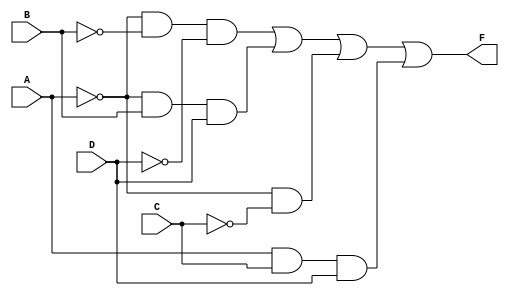
//F(A, B, C, D) =  (0, 1, 2, 4, 5, 7, 11, 15)

module fun(F,A,B,C,D);
output F;
input A,B,C,D;
wire T1,T2,T3,T4,T5,T6,T7,T8;
not (T1,A),(T2,B),(T3,C),(T4,D);
and(T5,T1,T2,T4),(T6,T1,B,D),(T7,T1,T3),(T8,A,C,D);
or(F,T5,T6,T7,T8);
endmodule

module disp;
reg a,b,c,d;
wire f;
fun fn1(f,a,b,c,d);
initial begin
    $dumpfile("1.vcd");
    $dumpvars(1);
end
initial begin
    $display("");
    $display("a b c d f");
    $monitor(a," ",b," ",c," ",d," ",f);
    a=0;b=0;c=0;d=0;
    #10 d=1;
    #10 c=1;d=0;
    #10 d=1;
    #10 b=1;c=0;d=0;
    #10 d=1;
    #10 c=1;d=0;
    #10 d=1;
    #10 a=1;b=0;c=0;d=0;
    #10 d=1;
    #10 c=1;d=0;
    #10 d=1;
    #10 b=1;c=0;d=0;
    #10 d=1;
    #10 c=1;d=0;
    #10 d=1;
end
endmodule